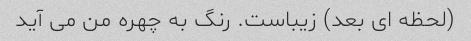
(لحظه ای بعد) زیباست. رنگ به چهره من می آید